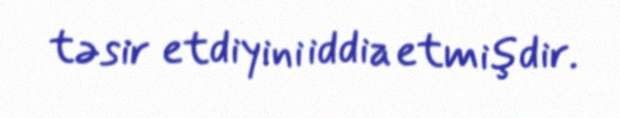
təsir etdiyini iddia etmişdir.